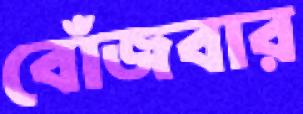
বোঁজবার